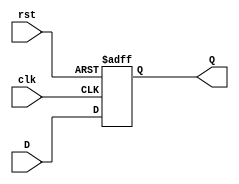
`timescale 1ns / 1ps
//////////////////////////////////////////////////////////////////////////////////
// Company: 
// Engineer: 
// 
// Design Name: 
// Module Name: DFlipFlop
// Project Name: 
// Target Devices: 
// Tool Versions: 
// Description: 
// 
// Dependencies: 
// 
// Revision:
// Revision 0.01 - File Created
// Additional Comments:
// 
//////////////////////////////////////////////////////////////////////////////////


module DFlipFlop
 (input clk, input rst, input D, output reg Q);
 always @ (posedge clk or posedge rst) begin // Asynchronous Reset
 if (rst)
 Q <= 1'b0;
 else
 Q <= D;
 end
endmodule